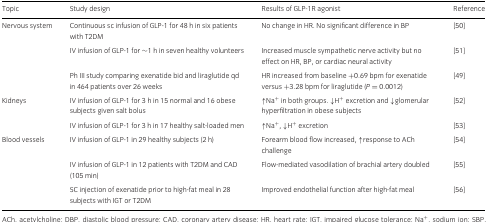
<table><thead><tr><td><b>Topic</b></td><td><b>Study design</b></td><td><b>Results of GLP-1R agonist</b></td><td><b>Reference</b></td></tr></thead><tbody><tr><td>Nervous system</td><td>Continuous sc infusion of GLP-1 for 48 h in six patients with T2DM</td><td>No change in HR. No significant difference in BP</td><td>[50]</td></tr><tr><td></td><td>IV infusion of GLP-1 for ∼1 h in seven healthy volunteers</td><td>Increased muscle sympathetic nerve activity but no effect on HR, BP, or cardiac neural activity</td><td>[51]</td></tr><tr><td></td><td>Ph III study comparing exenatide bid and liraglutide qd in 464 patients over 26 weeks</td><td>HR increased from baseline +0.69 bpm for exenatide versus +3.28 bpm for liraglutide (<i>P</i>= 0.0012)</td><td>[49]</td></tr><tr><td>Kidneys</td><td>IV infusion of GLP-1 for 3 h in 15 normal and 16 obese subjects given salt bolus</td><td>↑Na<sup>+</sup> in both groups. ↓H<sup>+</sup> excretion and ↓glomerular hyperfiltration in obese subjects</td><td>[52]</td></tr><tr><td></td><td>IV infusion of GLP-1 for 3 h in 17 healthy salt-loaded men</td><td>↑Na<sup>+</sup>, ↓H<sup>+</sup> excretion</td><td>[53]</td></tr><tr><td>Blood vessels</td><td>IV infusion of GLP-1 in 29 healthy subjects (2 h)</td><td>Forearm blood flow increased, ↑response to ACh challenge</td><td>[54]</td></tr><tr><td></td><td>IV infusion of GLP-1 in 12 patients with T2DM and CAD (105 min)</td><td>Flow-mediated vasodilation of brachial artery doubled</td><td>[55]</td></tr><tr><td></td><td>SC injection of exenatide prior to high-fat meal in 28 subjects with IGT or T2DM</td><td>Improved endothelial function after high-fat meal</td><td>[56]</td></tr></tbody></table>